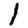
Digit: 1